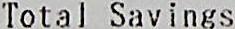
TOTAL SAVINGS